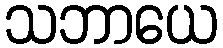
သဘာယေ